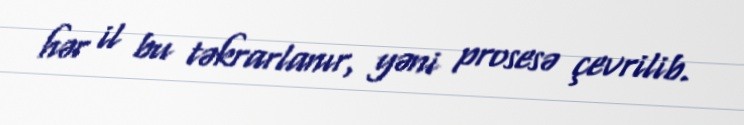
hər il bu təkrarlanır, yəni prosesə çevrilib.